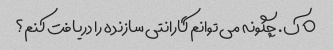
o ک. چگونه می توانم گارانتی سازنده را دریافت کنم؟